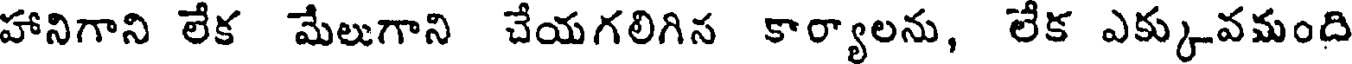
హానిగాని లేక మేలుగాని చేయగలిగిస కార్యాలను, లేక ఎక్కువమంది